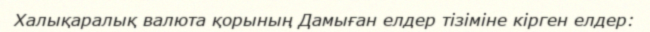
Халықаралық валюта қорының Дамыған елдер тізіміне кірген елдер: